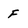
Character: F